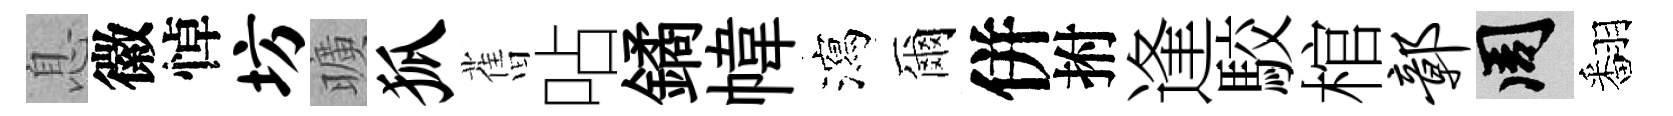
息徽悼坊曠狐𦾔呫鐍幃瀉爾併拊逢駮棺鄣周翻